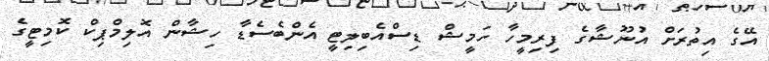
އޭގެ އިތުރަށް އުނޫޝާގެ ފިރިމީހާ ހަމީޝް ޑިސްއެބިލިޓީ އެންބެސެޑާ ހިޝާން އޮލިމްޕިކް ކޮމިޓީގެ